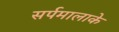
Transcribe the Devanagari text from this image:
सर्पमालाके